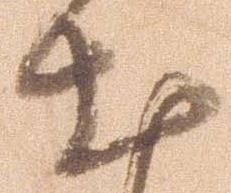
出